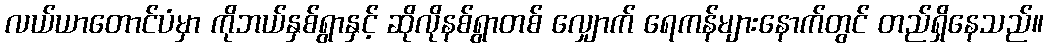
လယ်ယာတောင်ပံမှာ ကိုဘယ်နှစ်ရွာနှင့် ဆိုလိုနစ်ရွာတစ် လျှောက် ရေကန်များနောက်တွင် တည်ရှိနေသည်။